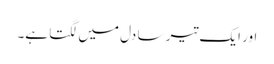
اور ایک تیر سا دل میں لگتا ہے۔